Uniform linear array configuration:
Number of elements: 32
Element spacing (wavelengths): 0.75
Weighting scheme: cosine
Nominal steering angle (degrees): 60
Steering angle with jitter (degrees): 59.699
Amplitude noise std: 0.05
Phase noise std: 0.05

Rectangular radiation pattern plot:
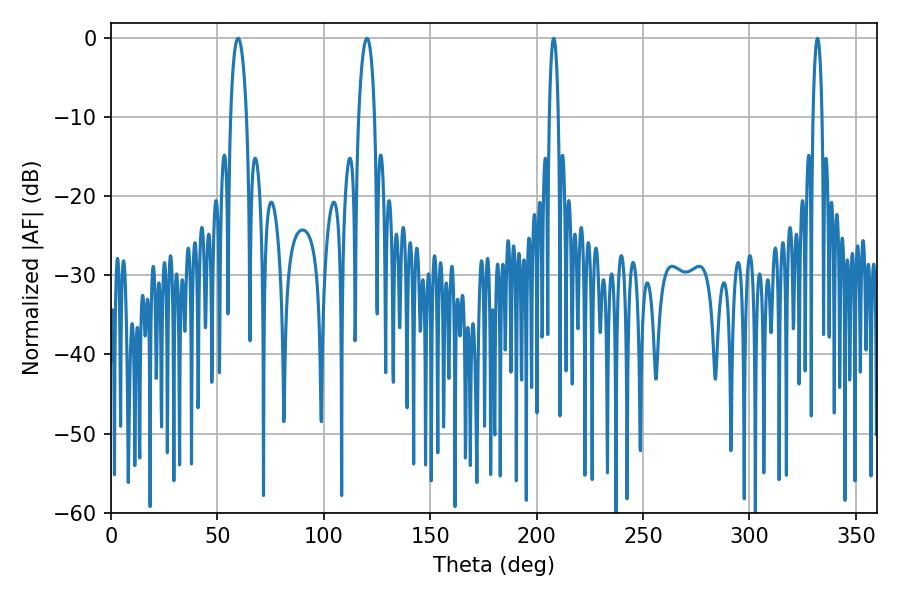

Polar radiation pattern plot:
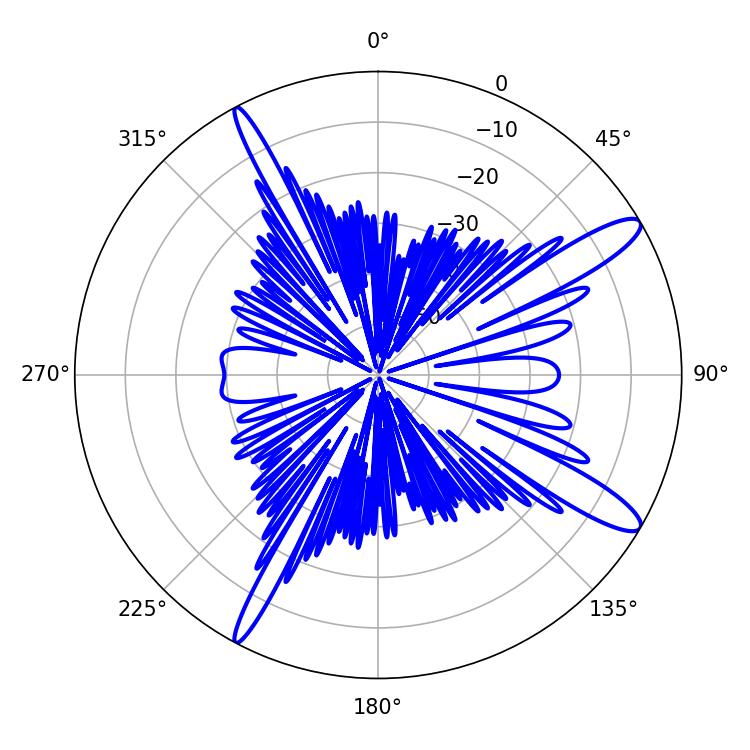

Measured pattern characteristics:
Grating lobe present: TRUE
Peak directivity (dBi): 13.068
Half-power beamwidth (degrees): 4.32
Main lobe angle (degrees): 59.76